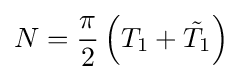
N={\frac {\pi }{2}}\left(T_{1}+{\tilde {T_{1}}}\right)